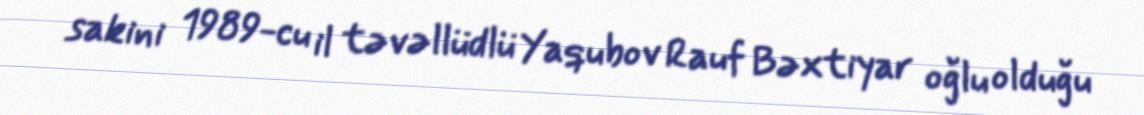
sakini 1989-cu il təvəllüdlü Yaqubov Rauf Bəxtiyar oğlu olduğu